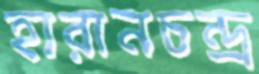
হারানচন্দ্র